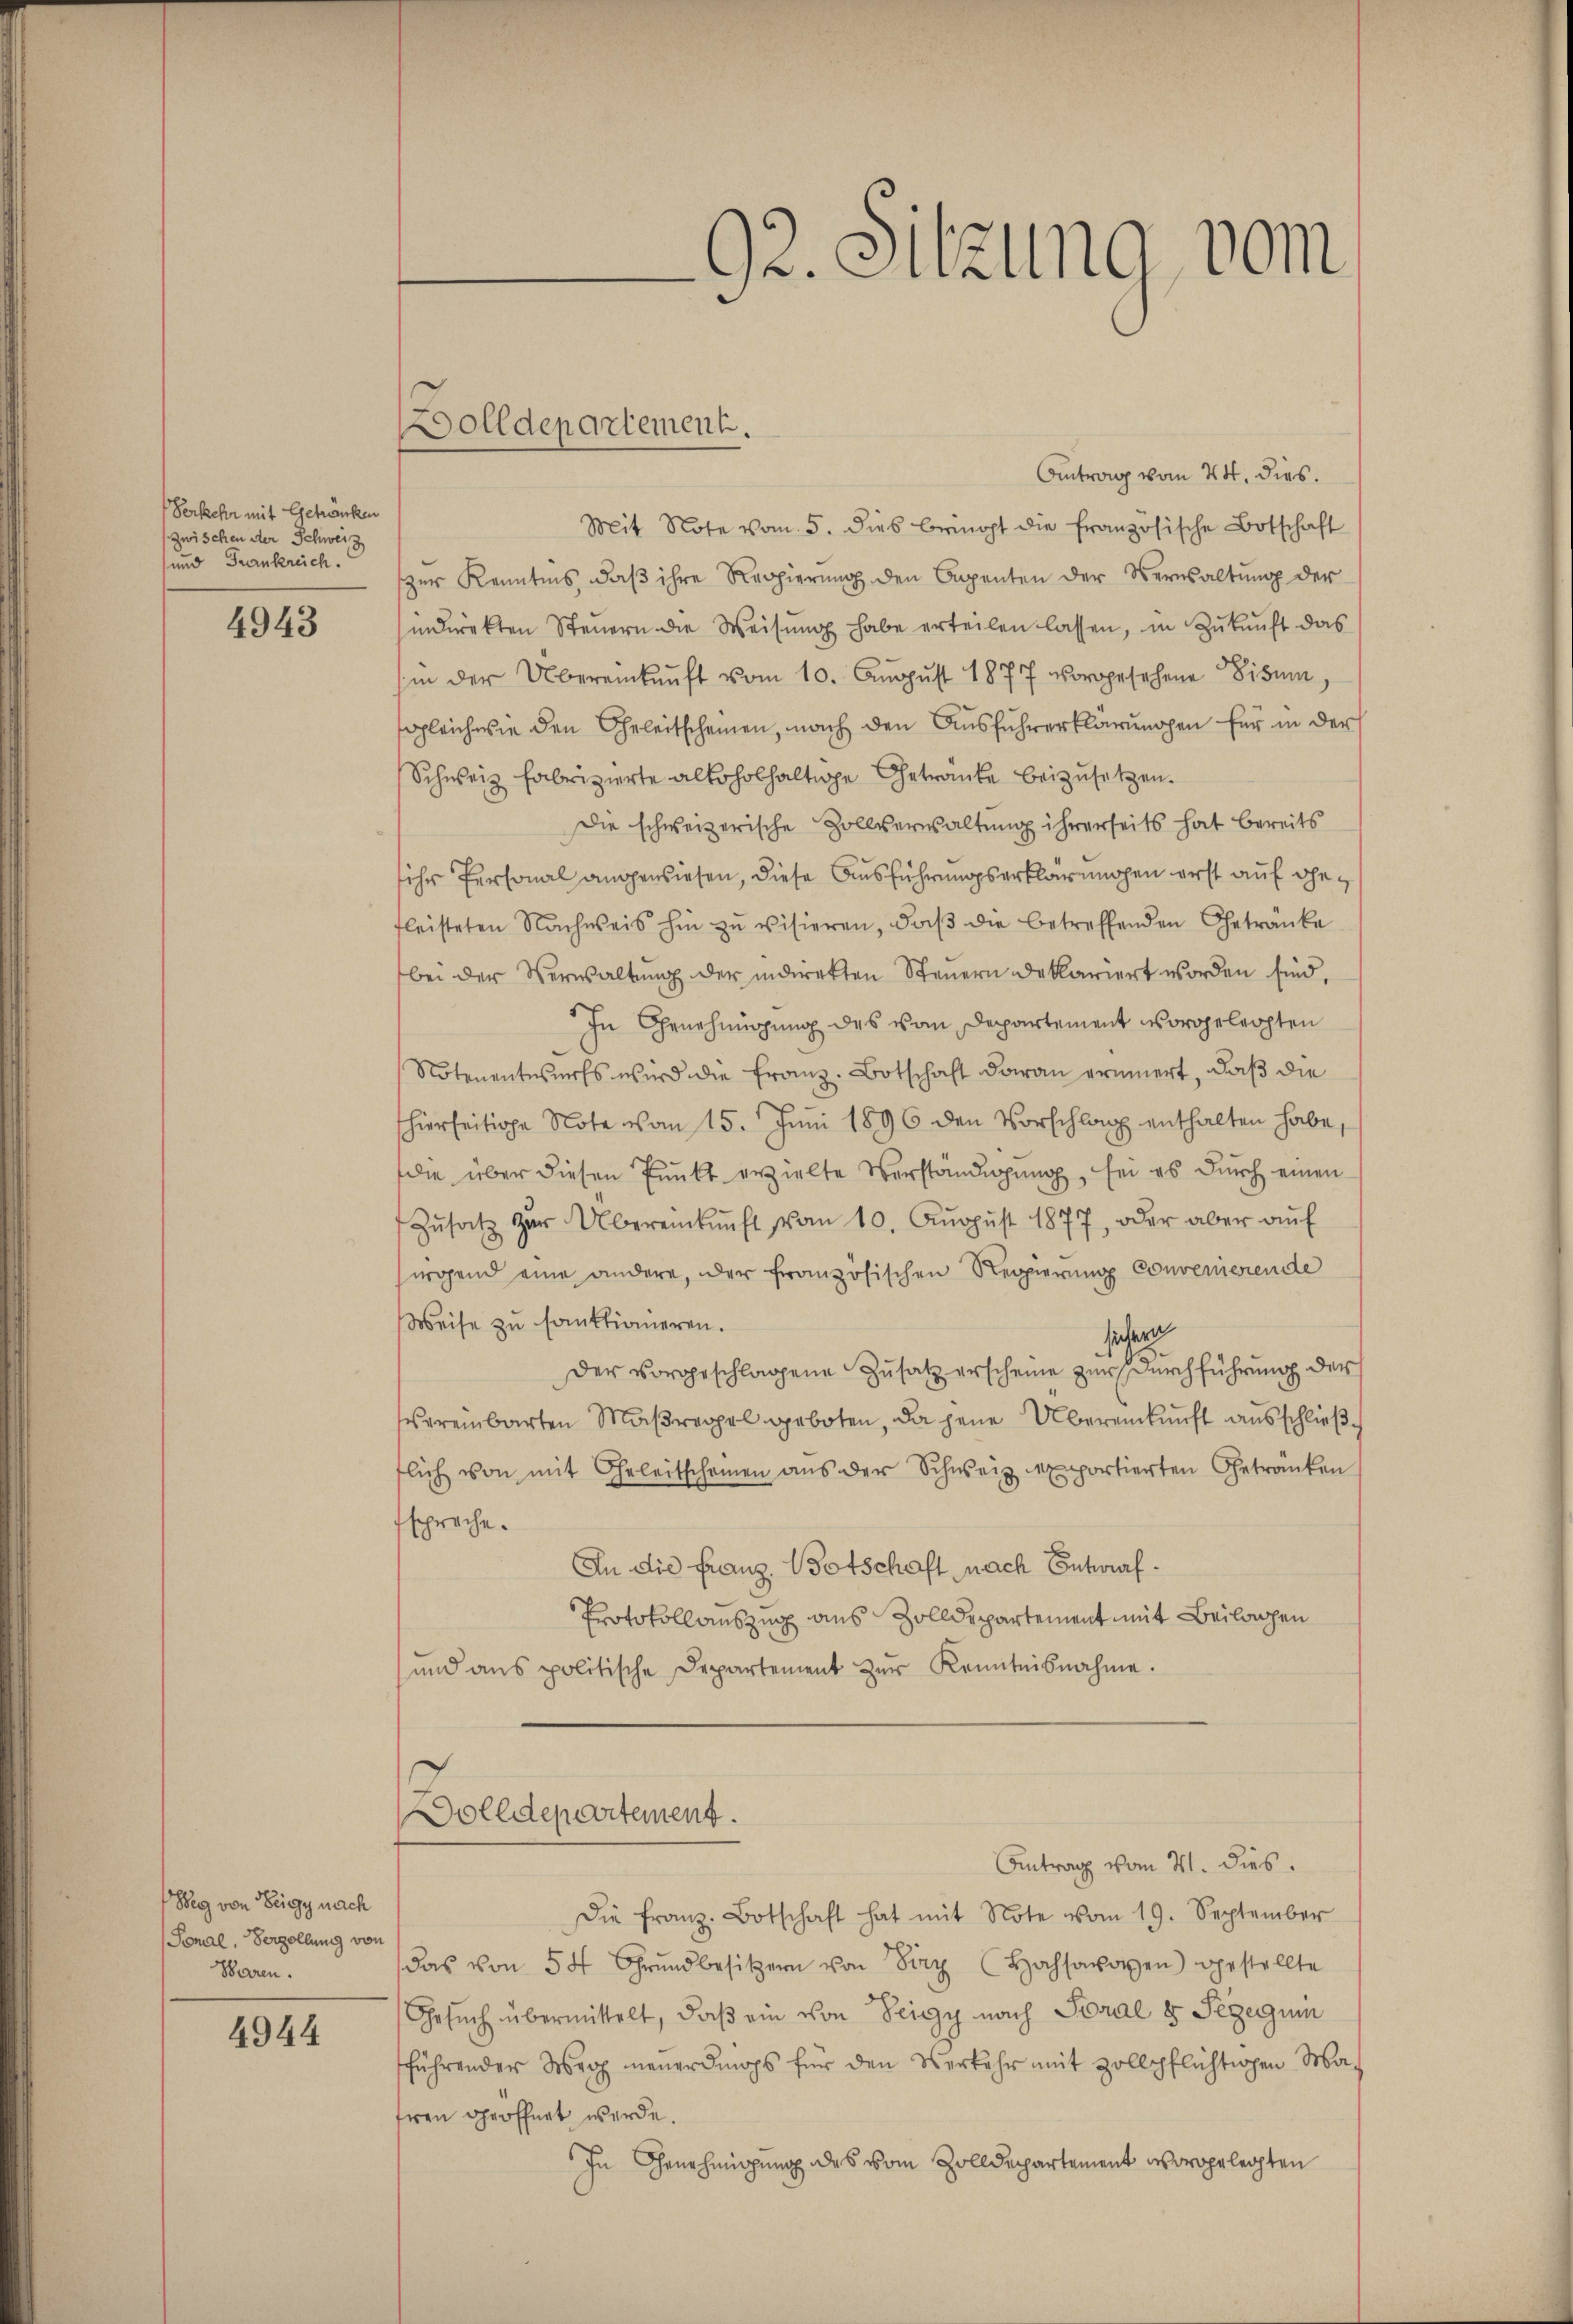
Verkehr mit Getränken
zwischen der Schweiz
und Frankreich.

4943

Weg von Zeigy nach
Sonal, Verzöllung von
Waren.

4944

Dolldepartement.

92. Sitzung vom

Antrag vom 24. dies
Mit Note vom 5. dies bringt die französische Botschaft
zŭr Kenntnis, daβ ihre Regierŭng den Cepenten der Verwaltŭng der
indirekten Steŭern die Weisŭng habe erteilen lassen, in Zŭkŭnft das
(in der Übereinkunft vom 10. August 1877 vorgesehene Visum
sgleich wie den Geleitscheinen, nach den Ausführerklärungen für in der
Schweiz fabrizierte alloholhaltige Getranke beizusetzen.
Die schweizerische Zollverwaltung ihrerseits hat bereits
ihr Personal angewiesen, diese Ausführungserklärungen erst auf gefleisteten Nachweis hin zu visieren, daβ die betreffenden Getränke
bei der Verwaltŭng der indirekten Steŭern dekariert worden sind,
In Genehmigung des vom Departement vorgeleihten
Notenentwurfs wird die Franz. Botschaft daran erinnert, daβ die
hierseitige Note von 15. Juni 1896 den Vorschlag enthalten habe,
die über diesen Punkt erzielte Verständigung, sei es durch einen
Zŭsatz zŭr Übereinkunft vom 10. Aŭgŭst 1877, oder aber aŭf
sirgend eine andere, der französischen Regierung Convenierende
Weise zu sanktionieren.
sichern
Der vorgeschlagene Zusatz erscheine zur Durchführung der
vereinbarten Maßregel geboten, da jene Übereinkunft ausschließflich von mit Geleitscheinen aus der Schweiz exportierten Getranken
tspreche.
In die Franz, Botschaft nach Entwurf.
Protokollauszug aus Zolldepartement mit Beilagen
und ans politische Departement zŭr Kenntnisnahme.
Dolldepartement
Antrag vom 21. dies
Die Franz Botschaft hat mit Note vom 19. September
das von 54 Grŭndbesitzern von Herz (Hohsavoyen gestellte
Gesŭch übermittelt, daβ ein von Teigy nach Soral & Sezegum
führender Merz neuerdings für den Verkehr mit Zollpflichtigen Ma
treu geöffnet werde.
In Genehmigung des vom Zolldepartement vorgelegten